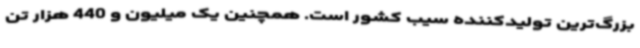
بزرگ‌ترین تولیدکننده سیب کشور است. همچنین یک میلیون و 440 هزار تن